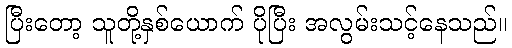
ပြီးတော့ သူတို့နှစ်ယောက် ပိုပြီး အလွမ်းသင့်နေသည်။